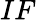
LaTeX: IF